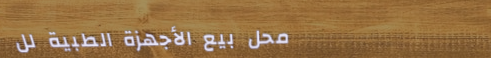
محل بيع الأجهزة الطبية لل